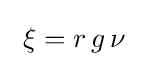
~\xi =r\,g\,\nu ~